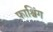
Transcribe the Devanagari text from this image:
फाश्चिंग